Insane asylums in Bengal annual reports 1876-1887 - 1876-1887
Year: 1876
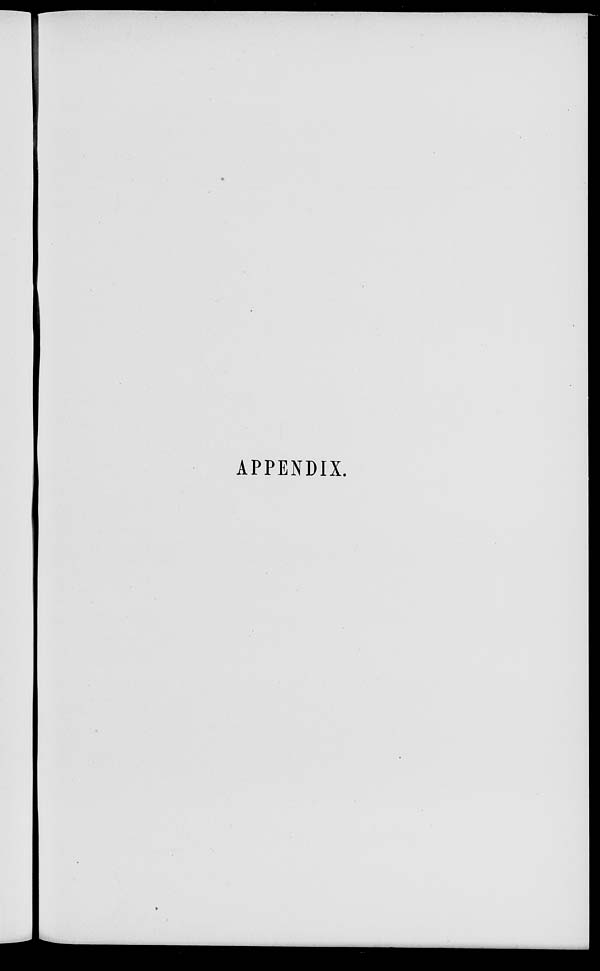
APPENDIX.